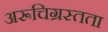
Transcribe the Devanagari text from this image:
अरूचिग्रस्तता